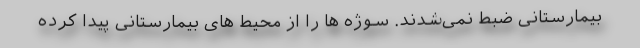
بیمارستانی ضبط نمی‌شدند. سوژه ها را از محیط های بیمارستانی پیدا کرده